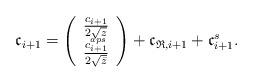
LaTeX: \begin{align*}\mathfrak{c}_{i+1}=\left( \begin{array}{c}\frac{c_{i+1}}{2\sqrt{z}} \\\frac{c^{aps}_{i+1}}{2\sqrt{\bar{z}}}\end{array} \right)+\mathfrak{c}_{\mathfrak{R},i+1}+\mathfrak{c}^s_{i+1}.\end{align*}